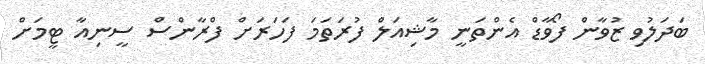
ބަދަލުވި ޒުވާން ފޯވާޑް އެންތަނީ މާޝިއަލް ފުރަތަމަ ފަހަރަށް ފްރާންސް ސީނިއާ ޓީމަށް